255_413270_UFO's_and_Defense_What_Should_we_Prepare_For
Agency: NASA
Page 14
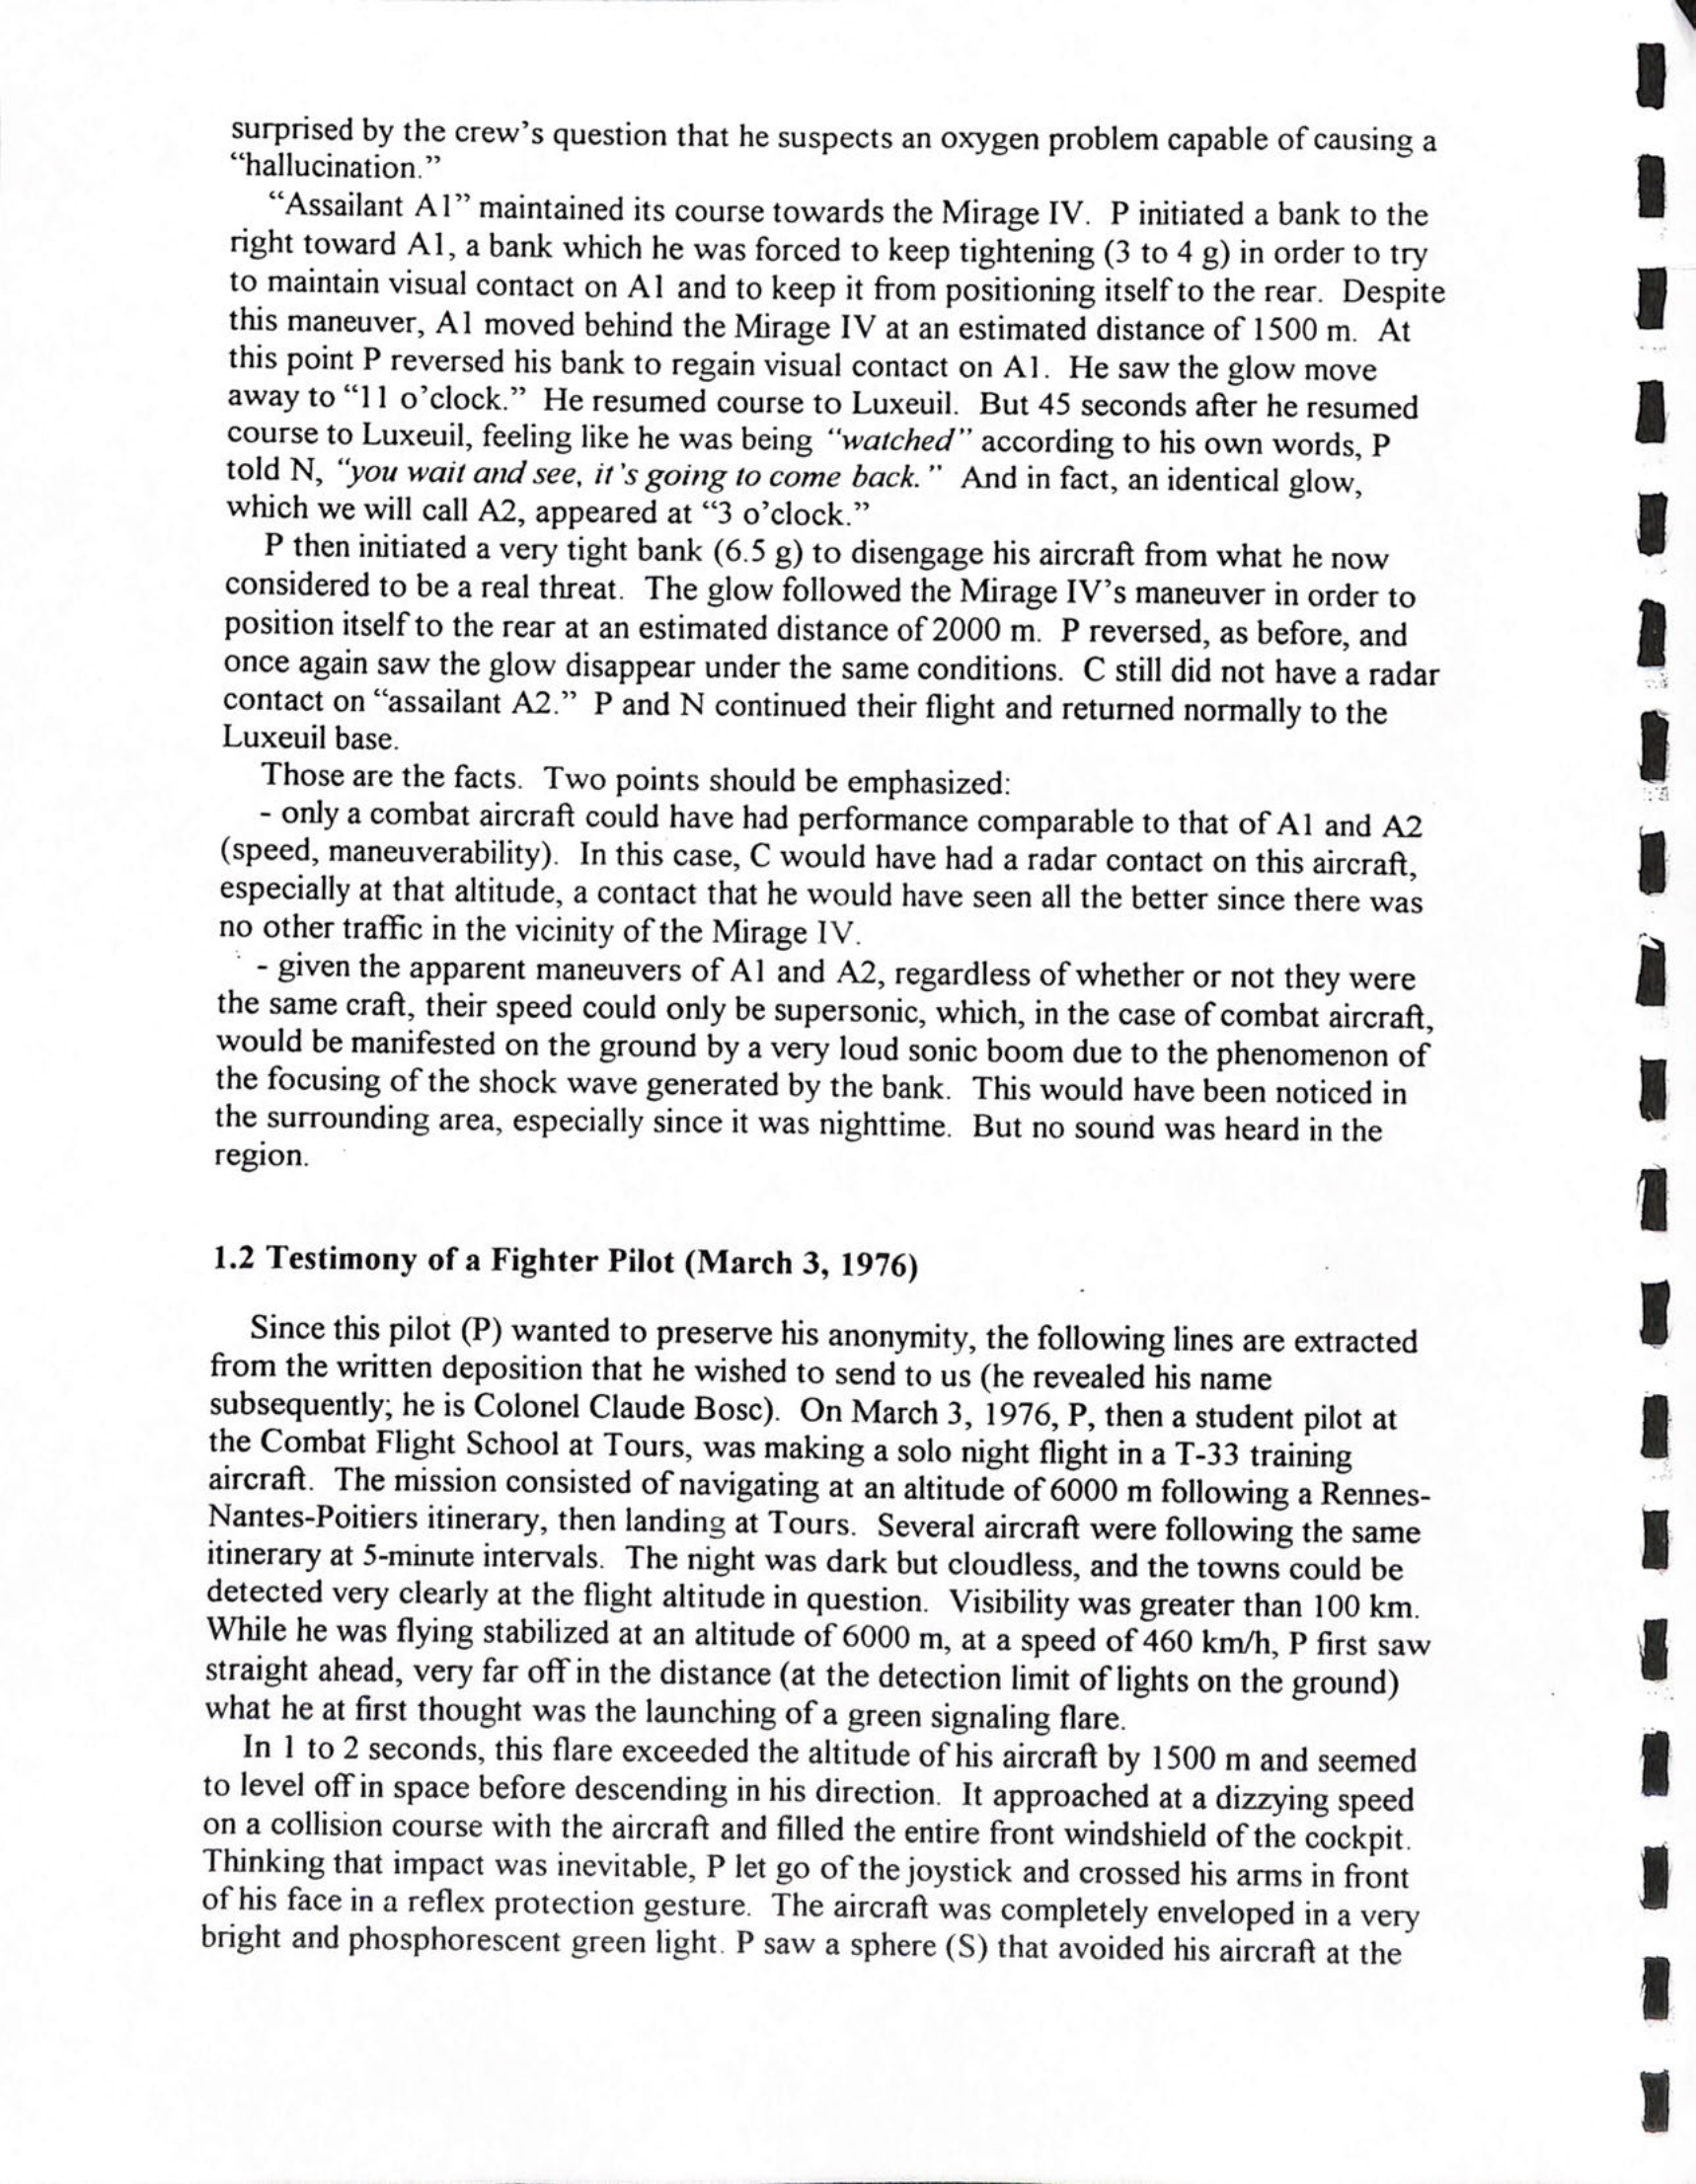